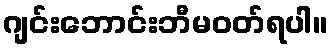
ဂျင်းဘောင်းဘီမဝတ်ရပါ။